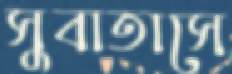
সুবাতাসে